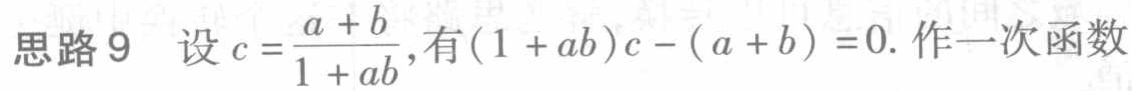
思路9 设\(c = \frac{a + b}{1 + ab}\),有\((1 + ab)c - (a + b) = 0\). 作一次函数